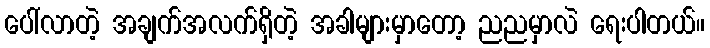
ပေါ်လာတဲ့ အချက်အလက်ရှိတဲ့ အခါများမှာတော့ ညညမှာလဲ ရေးပါတယ်။